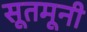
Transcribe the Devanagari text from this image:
सूतमूनी